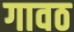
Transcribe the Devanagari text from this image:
गावठ